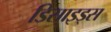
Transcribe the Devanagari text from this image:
डिसाइड्स